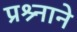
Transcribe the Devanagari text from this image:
प्रश्र्नाने